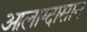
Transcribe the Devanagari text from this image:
आलाग्दासान